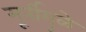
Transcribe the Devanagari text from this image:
मूर्तीमुळे